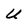
Character: U